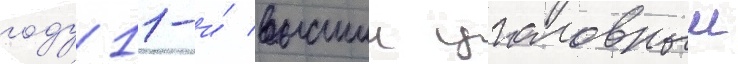
году 11-и́ высшии уголовныи